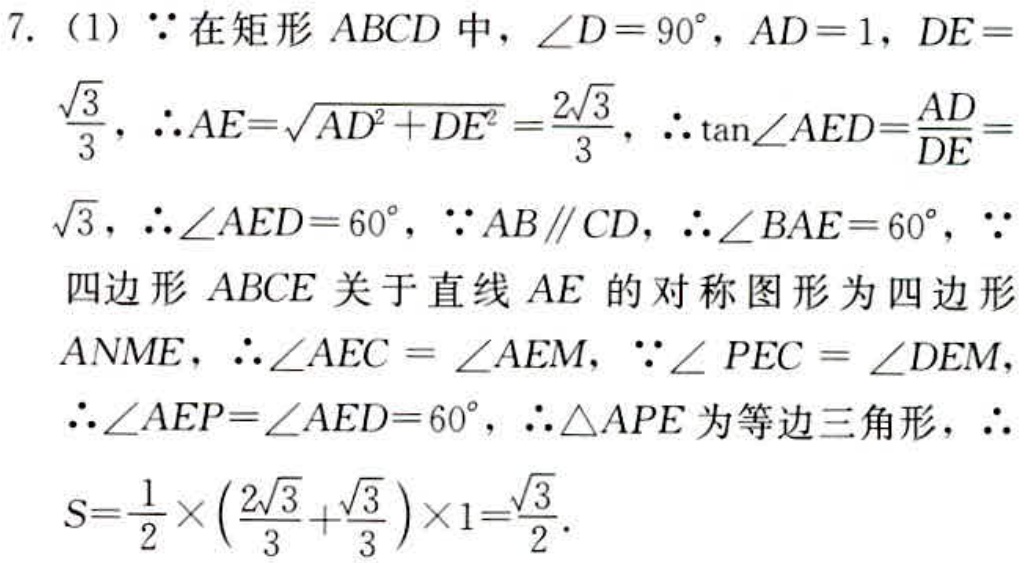
7. (1) \(\because\) 在矩形 \(ABCD\) 中，\(\angle D = 90^{\circ}\)，\(AD = 1\)，\(DE=\frac{\sqrt{3}}{3}\)，\(\therefore AE = \sqrt{AD^{2}+DE^{2}}=\frac{2\sqrt{3}}{3}\)，\(\therefore \tan\angle AED=\frac{AD}{DE}=\sqrt{3}\)，\(\therefore\angle AED = 60^{\circ}\)，\(\because AB\parallel CD\)，\(\therefore\angle BAE = 60^{\circ}\)，\(\because\) 四边形 \(ABCE\) 关于直线 \(AE\) 的对称图形为四边形 \(ANME\)，\(\therefore\angle AEC=\angle AEM\)，\(\because\angle PEC=\angle DEM\)，\(\therefore\angle AEP=\angle AED = 60^{\circ}\)，\(\therefore\triangle APE\) 为等边三角形，\(\therefore S=\frac{1}{2}\times(\frac{2\sqrt{3}}{3}+\frac{\sqrt{3}}{3})\times1=\frac{\sqrt{3}}{2}\).